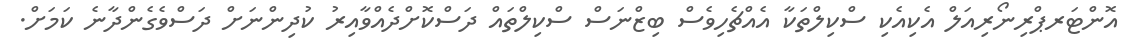
އޮންޓަރޕްރިނޯރިއަލް އެކިއެކި ސްކިލްތަކާ އެއްޗެހިވެސް ބިޒްނަސް ސްކިލްތައް ދަސްކޮށްދެއްވާއިރު ކުދިންނަށް ދަސްވެގެންދާނެ ކަމަށް.